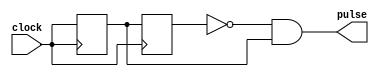
module rising_edge_pulse_generator (
    input wire clock,
    output wire pulse
);

reg prev_clk;
reg curr_clk;

always @(posedge clock) begin
    prev_clk <= curr_clk;
    curr_clk <= clock;
end

assign pulse = (prev_clk == 1'b0) && (curr_clk == 1'b1);

endmodule